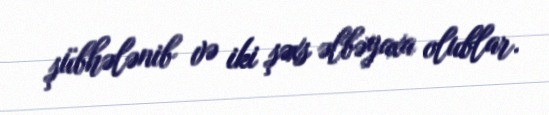
şübhələnib və iki şəxs əlbəyaxa olublar.